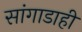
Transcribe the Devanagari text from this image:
सांगाडाही